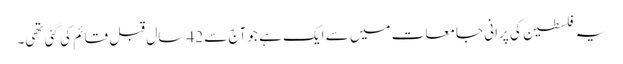
یہ فلسطین کی پرانی جامعات میں سے ایک ہے جو آج سے 42 سال قبل قائم کی گئی تھی۔